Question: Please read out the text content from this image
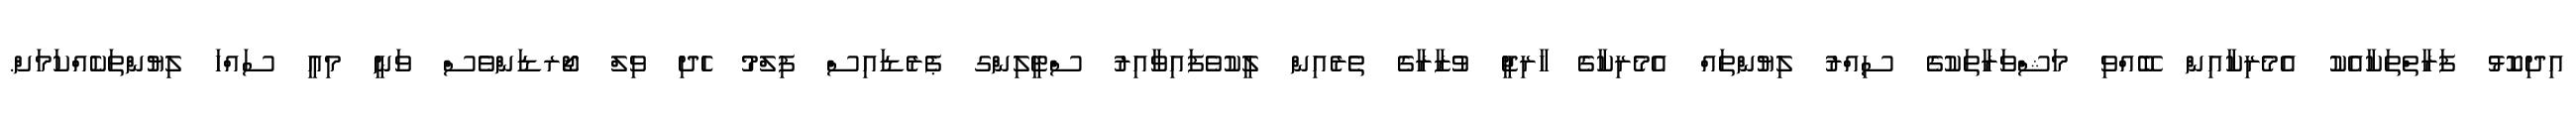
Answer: އިދިކޮޅު ފަރާތްތަކާއެކު އެމެރިކާއިން ބޭއްވި މަޝްވަރާތަކުގެ ސިއްރު ލިޔުންތައް އެމެރިކާގެ ހާރިޖީ ވުޒާރާގެ ތެރެއިން ލީކުވެފައިވާއިރު ސްޓީލިންގ ޕެރެޑައިސް ފިލްމު ހެދި ވިލް ޖޯރޑަންވެސް ވަނީ މިއީ ސައްހަ ލިޔުންތަކެއްކަމަށް.